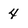
Character: 4